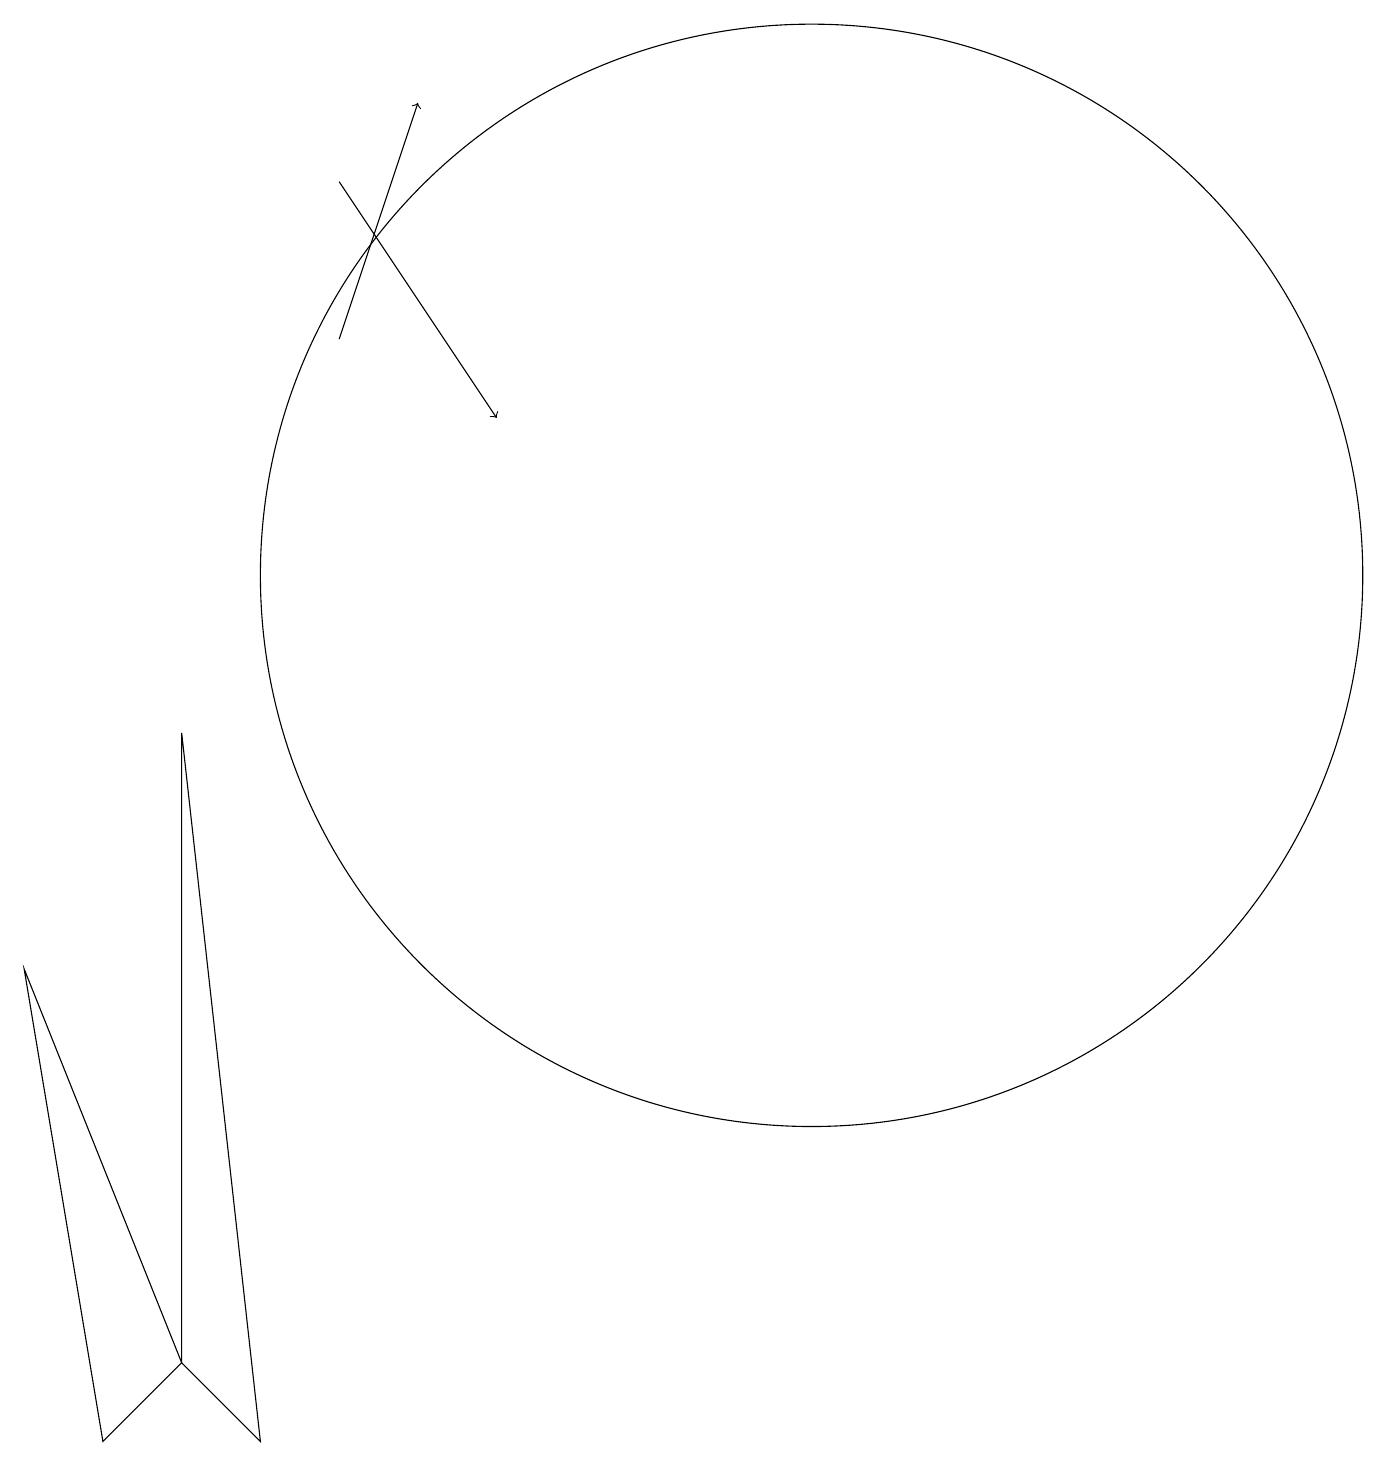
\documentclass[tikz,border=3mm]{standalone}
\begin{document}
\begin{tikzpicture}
\draw (3,0) -- (4,1) -- (2,6) -- cycle;
\draw (12,11) circle (7);
\draw (4,1) -- (5,0) -- (4,9) -- cycle;
\draw[->] (6,16) -- (8,13);
\draw[->] (6,14) -- (7,17);
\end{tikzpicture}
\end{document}